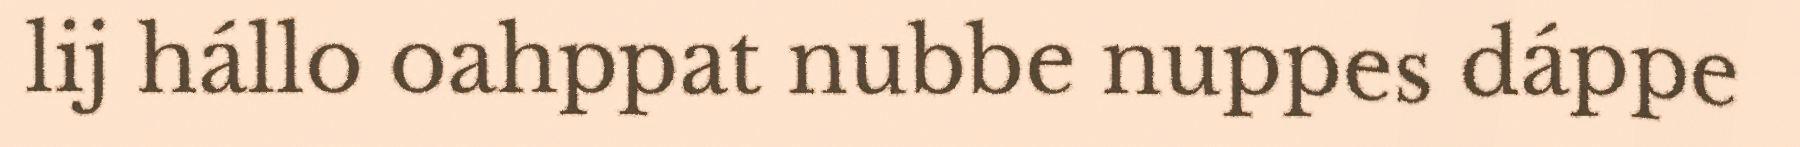
lij hállo oahppat nubbe nuppes dáppe